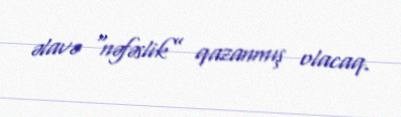
əlavə “nəfəslik” qazanmış olacaq.